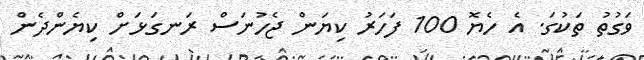
ވަގުތު ތަކުގަ. އެ ހެޔޮ 100 ފަހަރު ކިޔަން ޖެހުނަސް ރަނގަޅަށް ކިޔެންދެން